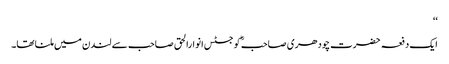
‘‘
ایک دفعہ حضرت چودھری صاحبؓ کو جسٹس انوارالحق صاحب سے لندن میں ملنا تھا۔